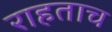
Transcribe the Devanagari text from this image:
राहताच